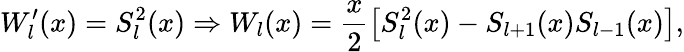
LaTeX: W_{l}^{\prime}(x)=S_{l}^{2}(x)\Rightarrow W_{l}(x)=\frac{x}{2}\left[S_{l}^{2}(x)-S_{l+1}(x)S_{l-1}(x)\right],